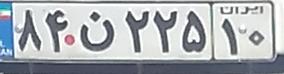
۸۴ن۲۲۵۱۰